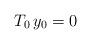
LaTeX: \begin{align*}T_0 \, y_0=0\end{align*}